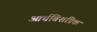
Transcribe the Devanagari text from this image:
आर्चबिशप्रिक